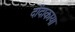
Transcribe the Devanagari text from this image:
दोंदाकाया